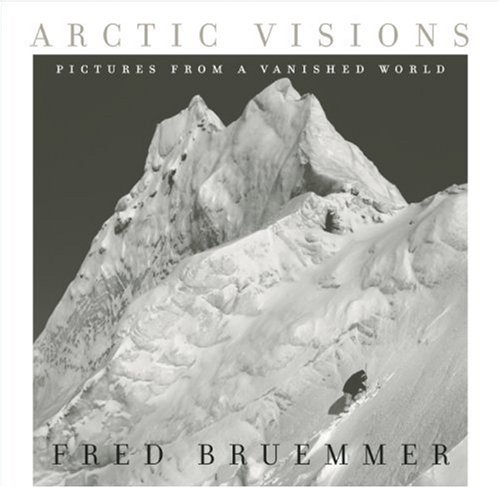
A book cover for Arctic Visions: Pictures from a Vanished World; Fred Bruemmer; History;